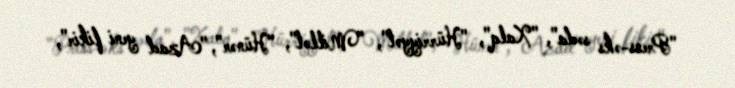
"Press-əks səda", "Xalq", "Hürriyyət", "Millət", "Hünər", "Azad yeni fikir",